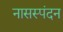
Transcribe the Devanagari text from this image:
नासस्पंदन